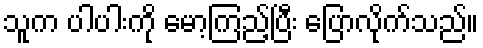
သူက ပါပါးကို မော့ကြည့်ပြီး ပြောလိုက်သည်။